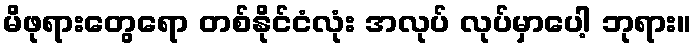
မိဖုရားတွေရော တစ်နိုင်ငံလုံး အလုပ် လုပ်မှာပေါ့ ဘုရား။